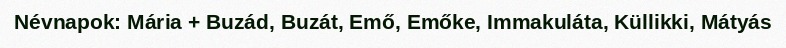
Névnapok: Mária + Buzád, Buzát, Emő, Emőke, Immakuláta, Küllikki, Mátyás